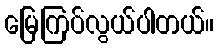
မြေကြပ်လွယ်ပါတယ်။